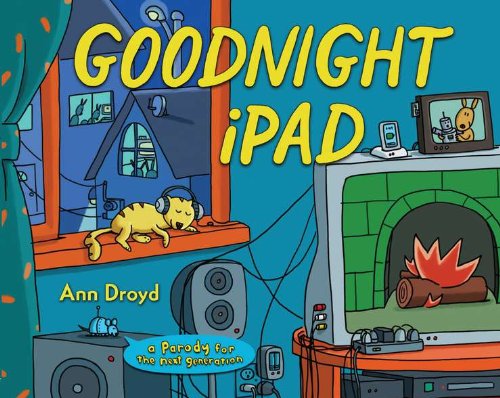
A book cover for Goodnight iPad: a Parody for the next generation; Ann Droyd; Humor & Entertainment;